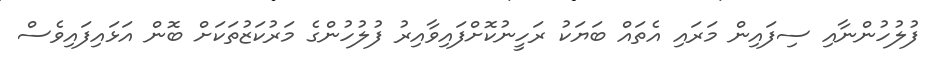
ފުލުހުންނާއި ސިފައިން މަރައި އެތައް ބަޔަކު ރަހީނުކޮށްފައިވާއިރު ފުލުހުންގެ މަރުކަޒުތަކަށް ބޮން އަޅައިފައިވެސް